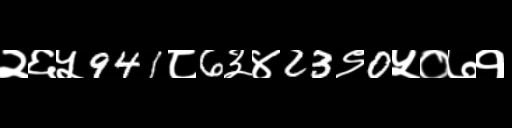
Text: २६५941८6३४23९0५०७१